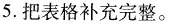
5.把表格补充完整。